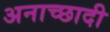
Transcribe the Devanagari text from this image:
अनाच्छादी